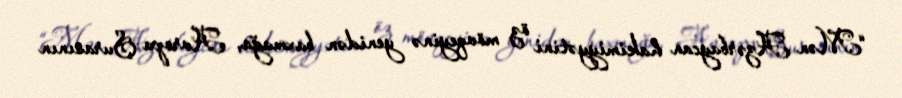
“Mən Azərbaycan hakimiyyətini öz mövqeyinə yenidən baxmağa, Avropa Şurasının